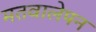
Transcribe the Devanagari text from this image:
मतवालेपन